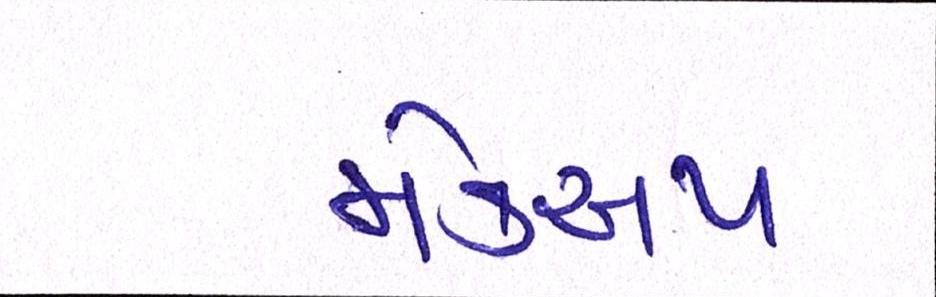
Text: મેકઅપ